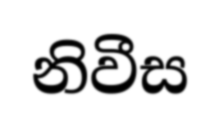
නිවීස